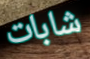
شابات